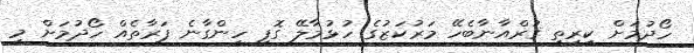
ހޯދުމަށް ކީރިތި ޤުރްއާނާބެހޭ މަރުކަޒުގެ ހުޅުމާލޭ ގޮފި ހިންގާނެ ފަރާތެއް ހޯދުމަށް މި